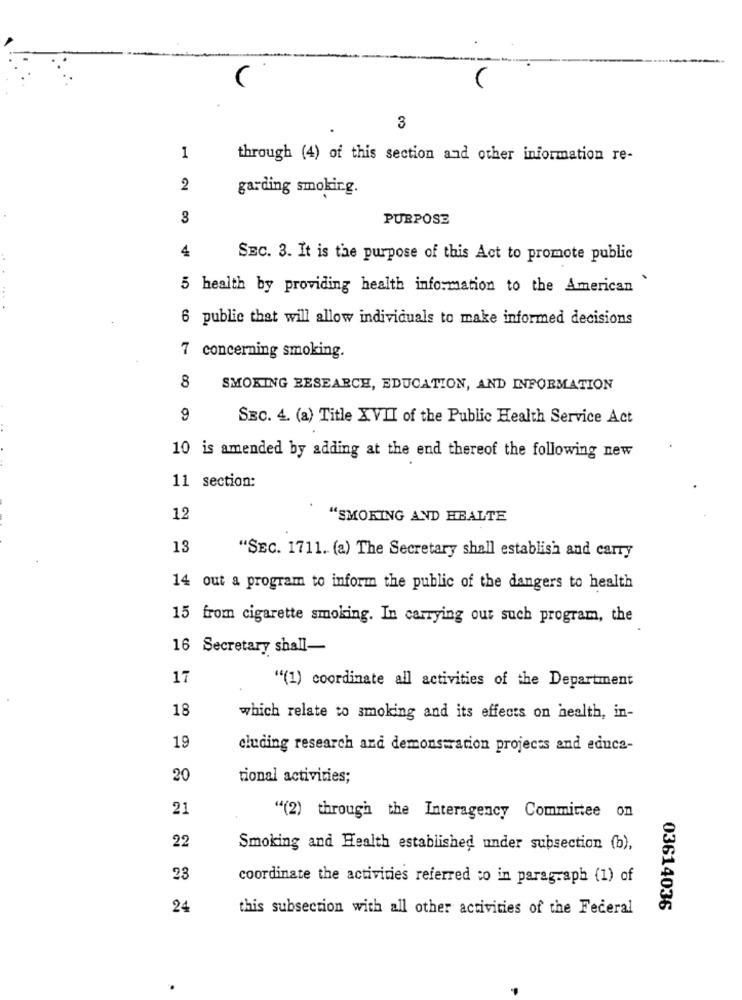
3
1
through (4) of this section and other information re-
2
garding smoking.
3
PURPOSE
4
SEC. 3. It is the purpose of this Act to promote public
5 health by providing health information to the American
6 public that will allow individuals to make informed decisions
7 concerning smoking.
8
SMOKING BESEARCH, EDUCATION, AND INFORMATION
9
SEC. 4. (a) Title XVII of the Public Health Service Act
10 is amended by adding at the end thereof the following new
11 section:
12
"SMOKING AND HEALTE
13
"SEC. 1711. (a) The Secretary shall establish and carry
14 out a program to inform the public of the dangers to health
15 from cigarette smoking. In carrying out such program, the
16 Secretary shall-
17
"(1) coordinate all activities of the Department
18
which relate to smoking and its effects on health, in-
19
cluding research and demonstration projects and educa-
20
tional activities;
21
"(2) through the Interagency Committee on
22
Smoking and Health established under subsection (b),
23
coordinate the activities referred to in paragraph (1) of
24
this subsection with all other activities of the Federal
03614036